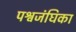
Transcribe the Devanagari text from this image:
पश्वजंघिका